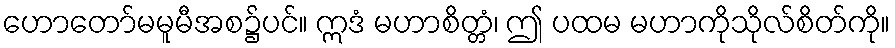
ဟောတော်မမူမီအစ၌ပင်။ ဣဒံ မဟာစိတ္တံ၊ ဤ ပထမ မဟာကိုသိုလ်စိတ်ကို။